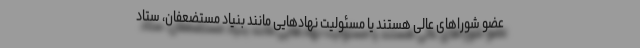
عضو شوراهای عالی هستند یا مسئولیت نهادهایی مانند بنیاد مستضعفان، ستاد